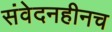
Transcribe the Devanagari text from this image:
संवेदनहीनच